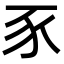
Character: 豕